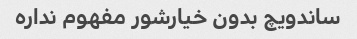
ساندویچ بدون خیارشور مفهوم نداره